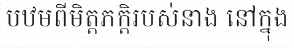
បឋមពីមិត្តភក្តិរបស់នាង នៅក្នុង